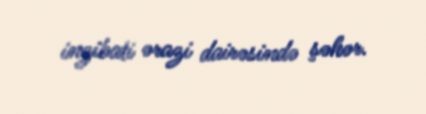
inzibati ərazi dairəsində şəhər.